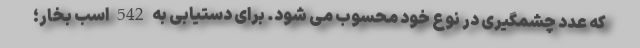
که عدد چشمگیری در نوع خود محسوب می شود. برای دستیابی به 542 اسب بخار؛